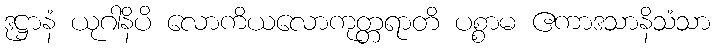
ဒုဋ္ဌာနံ ယုဂါနိပိ လောကိယလောကုတ္တရာတိ ပစ္စာမ ဧကာဒသာနိသံသာ